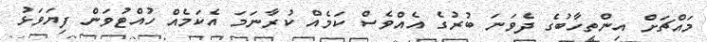
މައްޗަށް އިންތިހާބުގެ ދެވަނަ ބުރުގެ އެއްވެސް ކަމެއް ކުރާނަމަ އެކަމެއް ހުއްޓުވަން ފިޔަވަޅު